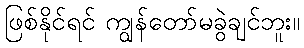
ဖြစ်နိုင်ရင် ကျွန်တော်မခွဲချင်ဘူး။